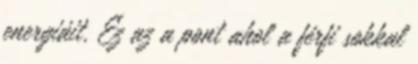
energiáit. Ez az a pont ahol a férfi sokkal